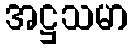
အဋ္ဌသမာ